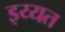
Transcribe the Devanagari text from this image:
इय्यत